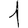
Digit: 1